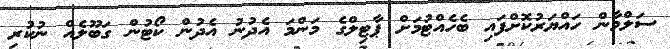
ސަލްމާން ހައްޔަރުކޮށްފައި ބެހެއްޓުމަށް ޕާޓިލްގެ މަންމަ އެދުނު އެދުން ކޯޓުން ގަބޫލެއް ނުކުރި